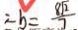
\therefore b = \frac { 8 \sqrt { 2 } } { 7 }